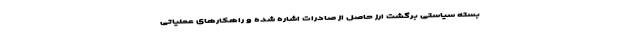
بسته سیاستی برگشت ارز حاصل از صادرات اشاره شده و راهکارهای عملیاتی